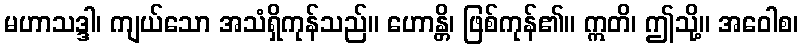
မဟာသဒ္ဒါ၊ ကျယ်သော အသံရှိကုန်သည်။ ဟောန္တိ၊ ဖြစ်ကုန်၏။ ဣတိ၊ ဤသို့။ အဝေါစ၊